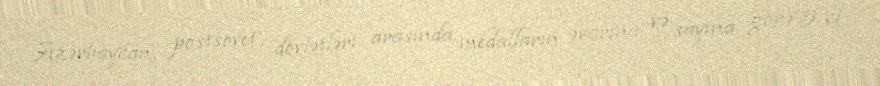
Azərbaycan, postsovet dövlətləri arasında medalların əyarına və sayına görə 5-ci